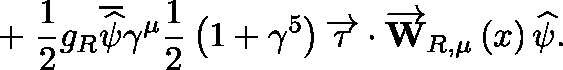
\mathbf { + \; } \frac { 1 } { 2 } g _ { R } \overline { { { \widehat { \mathbf { \psi } } } } } \gamma ^ { \mu } \frac { 1 } { 2 } \left( 1 + \gamma ^ { 5 } \right) \overrightarrow { \tau } \cdot \overrightarrow { \mathbf { W } } _ { R , \mu } \left( x \right) \widehat { \mathbf { \psi } } .